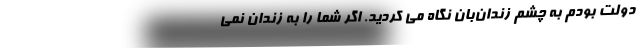
دولت بودم به چشم زندان‌بان نگاه می کردید. اگر شما را به زندان نمی